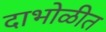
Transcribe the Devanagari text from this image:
दाभोळीत